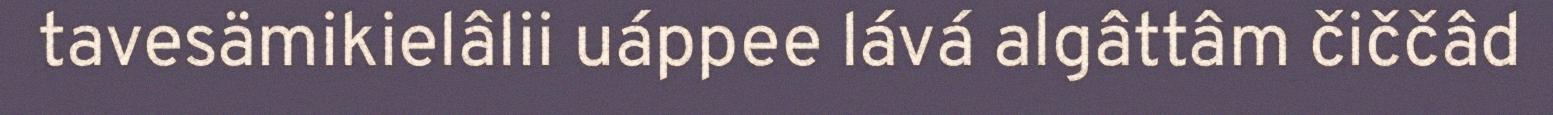
tavesämikielâlii uáppee lává algâttâm čiččâd